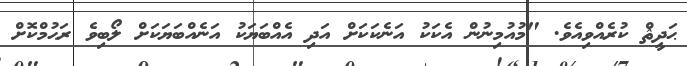
ޙަދީޘް ކުރެއްވިއެވެ. "މުއުމިނުން އެކަކު އަނެކަކަށް އަދި އެއްބަޔަކު އަނެއްބަޔަކަށް ލޯބިވެ ރަޙުމްކޮށް